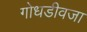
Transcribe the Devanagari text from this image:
गोधडीवजा